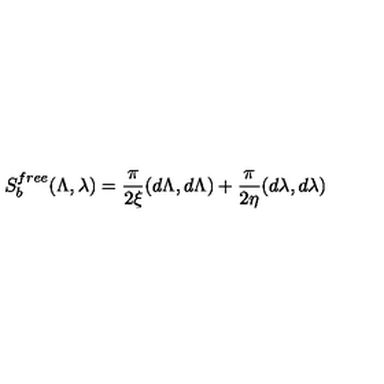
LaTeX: S _ { b } ^ { f r e e } ( \Lambda , \lambda ) = { \frac { \pi } { 2 \xi } } ( d \Lambda , d \Lambda ) + { \frac { \pi } { 2 \eta } } ( d \lambda , d \lambda )